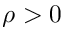
\rho > 0